Leaving Certificate Examination (including Day School Certificate (Higher) General paper), 1928
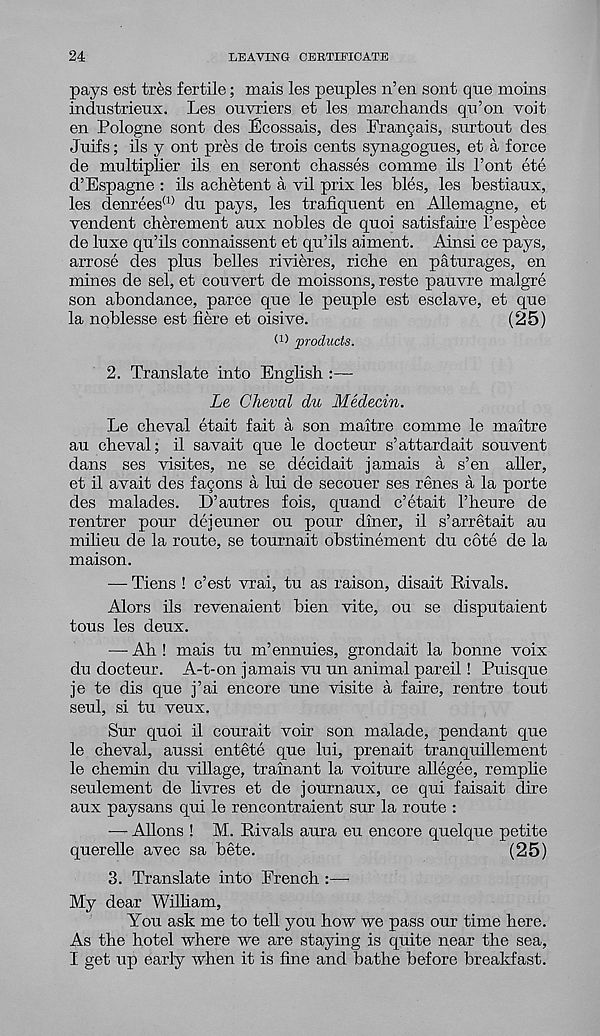
24
LEAVING CERTIFICATE
pays est tres fertile; mais les peuples n’en sent que moins
indnstrienx. Les ouvriers et les marchands qn’on voit
en Pologne sent des Lcossais, des Francais, surtont des
Jnifs; ils y ont pres de trois cents synagogues, et a force
de multiplier ils en seront chasses comme ils 1’ont ete
d’Espagne : ils achetent a vil prix les bles, les bestiaux,
les denrees (1) du pays, les trafiquent en Allemagne, et
vendent cherement aux nobles de quoi satisfaire 1’espece
de luxe qu’ils connaissent et qu’ils aiment. Ainsi ce pays,
arrose des plus belles rivieres, riche en paturages, en
mines de sel, et convert de moissons, reste pauvre malgre
son abondance, parce que le peuple est esclave, et que
la noblesse est here et oisive.
(25)
W products.
2. Translate into English :—
Le, Cheval du Medecin.
Le cheval etait fait a son maitre comme le maitre
au cheval; il savait que le docteur s’attardait sou vent
dans ses visites, ne se decidait jamais a s’en aller,
et il avait des facons a lui de secouer ses renes a la porte
des malades. D’autres fois, quand c’etait I’heure de
rentrer pour dejeuner ou pour diner, il s’arretait au
milieu de la route, se tournait obstinement du cote de la
maison.
•— Tiens ! c’est vrai, tu as raison, disait Rivals.
Alors ils revenaient bien vite, ou se disputaient
tous les deux.
— Ah ! mais tu m’ennuies, grondait la bonne voix
du docteur. A-t-on jamais vu un animal pareil! Puisque
je te dis que j’ai encore une visite a faire, rentre tout
seul, si tu veux.
Sur quoi il courait voir son malade, pendant que
le cheval, aussi entete que lui, prenait tranquillement
le chemin du village, trainant la voiture allegee, remplie
seulement de livres et de journaux, ce qui faisait dire
aux paysans qui le rencontraient sur la route :
— Aliens ! M. Rivals aura eu encore quelque petite
querelle avec sa bete.
(25)
3. Translate into French :—■
My dear William,
You ask me to tell you how we pass our time here.
As the hotel where we are staying is quite near the sea,
I get up early when it is fine and bathe before breakfast.